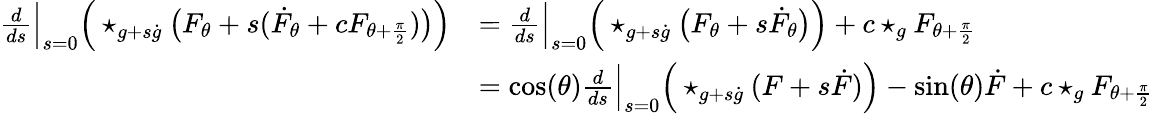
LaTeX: \begin{array}{rl}{\frac{d}{ds}\Big\lvert_{s=0}\Big(\star_{g+s\dot{g}}\big(F_{\theta}+s(\dot{F}_{\theta}+cF_{\theta+\frac{\pi}{2}})\big)\Big)}&{=\frac{d}{ds}\Big\lvert_{s=0}\Big(\star_{g+s\dot{g}}\big(F_{\theta}+s\dot{F}_{\theta}\big)\Big)+c\star_{g}F_{\theta+\frac{\pi}{2}}}\\ &{=\cos(\theta)\frac{d}{ds}\Big\lvert_{s=0}\Big(\star_{g+s\dot{g}}(F+s\dot{F})\Big)-\sin(\theta)\dot{F}+c\star_{g}F_{\theta+\frac{\pi}{2}}}\end{array}